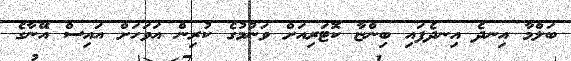
ބަލްމާ އިނދެ އިނދެފައި ބިންޏާ ކޮޓަރިއަށް ވަނުމުގެ ކުރިން އަވަހަށް އައިސް އޭނާގެ